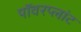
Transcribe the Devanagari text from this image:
पॉवरप्लांट